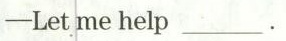
—Let me help___.